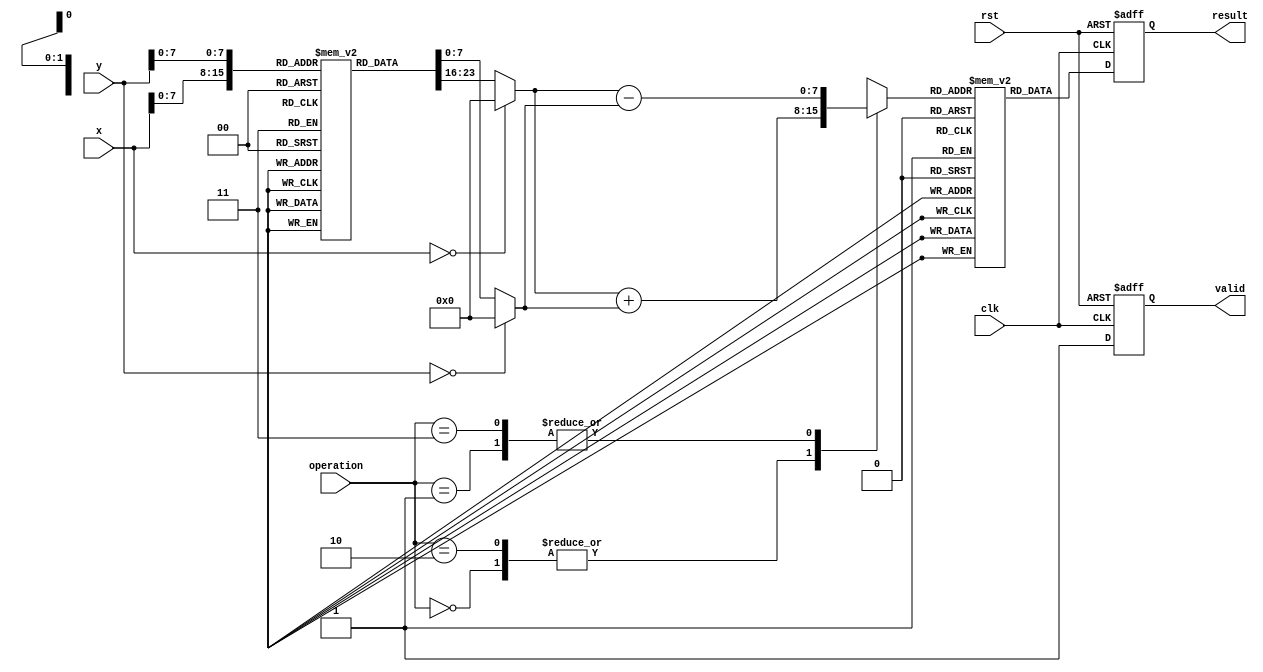
module LogarithmBasedDSPU #(
    parameter DATA_WIDTH = 16,
    parameter LUT_SIZE = 256
)(
    input wire clk,
    input wire rst,
    input wire [DATA_WIDTH-1:0] x,
    input wire [DATA_WIDTH-1:0] y,
    input wire [1:0] operation, // 00: Add, 01: Subtract, 10: Multiply, 11: Divide
    output reg [DATA_WIDTH-1:0] result,
    output reg valid
);

// Logarithm and Anti-logarithm LUTs
reg [DATA_WIDTH-1:0] log_lut [0:LUT_SIZE-1];
reg [DATA_WIDTH-1:0] antilog_lut [0:LUT_SIZE-1];

// Initialize LUTs (this should be done in a separate initialization block)
initial begin
    // Populate log_lut and antilog_lut with precomputed values
    // For example, log_lut[i] = log2(i) and antilog_lut[i] = 2^i
end

// Logarithm Function
function [DATA_WIDTH-1:0] log_func(input [DATA_WIDTH-1:0] value);
    begin
        if (value == 0) begin
            log_func = {DATA_WIDTH{1'b0}}; // Handle log(0) case
        end else begin
            log_func = log_lut[value]; // Lookup in LUT
        end
    end
endfunction

// Anti-logarithm Function
function [DATA_WIDTH-1:0] antilog_func(input [DATA_WIDTH-1:0] value);
    begin
        antilog_func = antilog_lut[value]; // Lookup in LUT
    end
endfunction

// Arithmetic Operations
reg [DATA_WIDTH-1:0] log_x, log_y, log_result;

always @(posedge clk or posedge rst) begin
    if (rst) begin
        result <= 0;
        valid <= 0;
    end else begin
        valid <= 1; // Indicate valid output
        
        // Convert inputs to logarithmic representation
        log_x = log_func(x);
        log_y = log_func(y);
        
        case (operation)
            2'b00: begin // Addition
                log_result = log_x + log_y; // log(a) + log(b) = log(ab)
            end
            2'b01: begin // Subtraction
                log_result = log_x - log_y; // log(a) - log(b) = log(a/b)
            end
            2'b10: begin // Multiplication
                log_result = log_x + log_y; // log(a * b) = log(a) + log(b)
            end
            2'b11: begin // Division
                log_result = log_x - log_y; // log(a / b) = log(a) - log(b)
            end
            default: log_result = 0;
        endcase
        
        // Convert result back to linear
        result <= antilog_func(log_result);
    end
end

endmodule